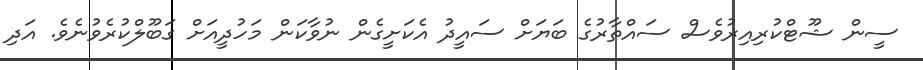
ސީން ޝޫޓްކުރިއިރުވެސް ސައްތާރުގެ ބަޔަށް ސައީދު އެކަށީގެން ނުވާކަން މަހުދީއަށް ގަބޫލްކުރެވުނެވެ. އަދި